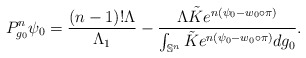
\begin{align*}P_{g_0}^n\psi_0=\frac{(n-1)!\Lambda}{\Lambda_1}-\dfrac{\Lambda \tilde{K}e^{n(\psi_0-w_0\circ \pi)} }{\int_{\mathbb{S}^n}\tilde{K} e^{n(\psi_0-w_0\circ \pi)}dg_0}. \end{align*}